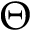
\Theta